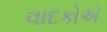
વાદકોએ